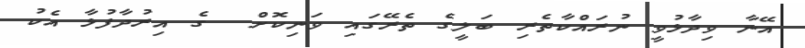
އޭނާ ވިދާޅުވީ ނުރައްކާތެރި ބަލީގެ ތެރޭގައި ވަނިކޮށް  ގެ އިރުދާފުޅާ އެކު